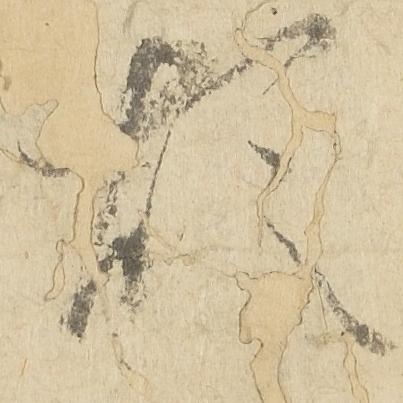
煩